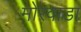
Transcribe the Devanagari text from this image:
मोरवाडा